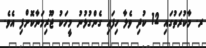
ރ. މާކުރަތުގައި 12 ކުދި ވެލާ ހިފައި ގެންގުޅުނު މީހަކު ޖޫރިމަނާކޮށްފި އެވެ.